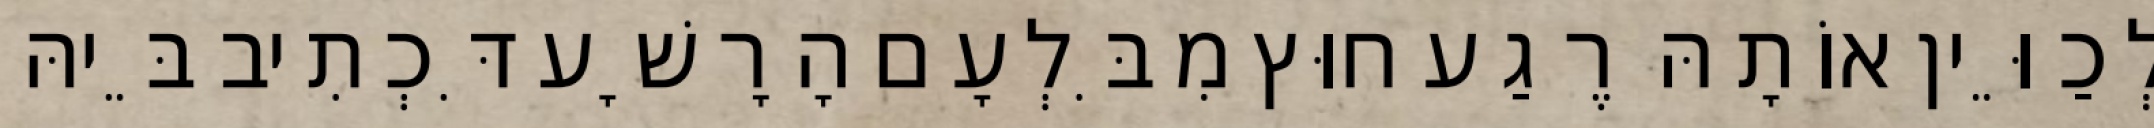
לְכַוֵּין אוֹתָהּ רֶגַע חוּץ מִבִּלְעָם הָרָשָׁע דִּכְתִיב בֵּיהּ